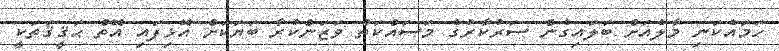
ހަމައެކަނި މާލެއަށް ބަލައިގެން ސަރުކާރުގެ މަސައްކަތް ވަޒަންކުރާ ބަޔަކަށް އޮޅިފައި އޮތް ޙަޤީޤަތަކީ